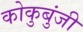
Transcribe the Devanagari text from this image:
कोकुबुंजी